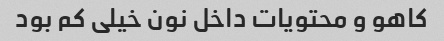
کاهو و محتویات داخل نون خیلی کم بود